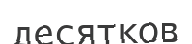
десятков